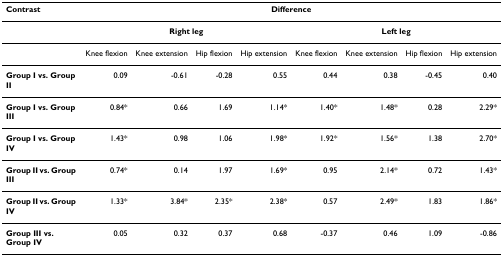
<table><thead><tr><td><b>Contrast</b></td><td colspan="8"><b>Difference</b></td></tr></thead><tbody><tr><td></td><td colspan="4"><b>Right leg</b></td><td colspan="4"><b>Left leg</b></td></tr><tr><td></td><td>Knee flexion</td><td>Knee extension</td><td>Hip flexion</td><td>Hip extension</td><td>Knee flexion</td><td>Knee extension</td><td>Hip flexion</td><td>Hip extension</td></tr><tr><td><b>Group I vs. Group II</b></td><td>0.09</td><td>-0.61</td><td>-0.28</td><td>0.55</td><td>0.44</td><td>0.38</td><td>-0.45</td><td>0.40</td></tr><tr><td><b>Group I vs. Group III</b></td><td>0.84*</td><td>0.66</td><td>1.69</td><td>1.14*</td><td>1.40*</td><td>1.48*</td><td>0.28</td><td>2.29*</td></tr><tr><td><b>Group I vs. Group IV</b></td><td>1.43*</td><td>0.98</td><td>1.06</td><td>1.98*</td><td>1.92*</td><td>1.56*</td><td>1.38</td><td>2.70*</td></tr><tr><td><b>Group II vs. Group III</b></td><td>0.74*</td><td>0.14</td><td>1.97</td><td>1.69*</td><td>0.95</td><td>2.14*</td><td>0.72</td><td>1.43*</td></tr><tr><td><b>Group II vs. Group IV</b></td><td>1.33*</td><td>3.84*</td><td>2.35*</td><td>2.38*</td><td>0.57</td><td>2.49*</td><td>1.83</td><td>1.86*</td></tr><tr><td><b>Group III vs. Group IV</b></td><td>0.05</td><td>0.32</td><td>0.37</td><td>0.68</td><td>-0.37</td><td>0.46</td><td>1.09</td><td>-0.86</td></tr></tbody></table>